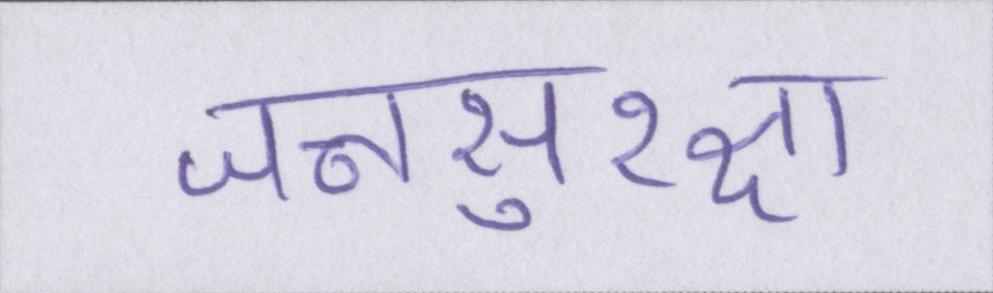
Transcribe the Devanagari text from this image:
जनसुरक्षा